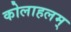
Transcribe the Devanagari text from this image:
कोलाहलम्